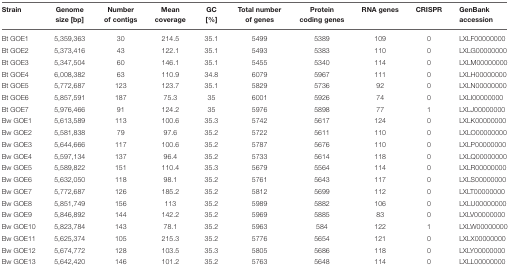
<table><thead><tr><td><b>Strain</b></td><td><b>Genome size [bp]</b></td><td><b>Number of contigs</b></td><td><b>Mean coverage</b></td><td><b>GC [%]</b></td><td><b>Total number of genes</b></td><td><b>Protein coding genes</b></td><td><b>RNA genes</b></td><td><b>CRISPR</b></td><td><b>GenBank accession</b></td></tr></thead><tbody><tr><td>Bt GOE1</td><td>5,359,363</td><td>30</td><td>214.5</td><td>35.1</td><td>5499</td><td>5389</td><td>109</td><td>0</td><td>LXLF00000000</td></tr><tr><td>Bt GOE2</td><td>5,373,416</td><td>43</td><td>122.1</td><td>35.1</td><td>5493</td><td>5383</td><td>110</td><td>0</td><td>LXLG00000000</td></tr><tr><td>Bt GOE3</td><td>5,347,504</td><td>60</td><td>146.1</td><td>35.1</td><td>5455</td><td>5340</td><td>114</td><td>0</td><td>LXLM00000000</td></tr><tr><td>Bt GOE4</td><td>6,008,382</td><td>63</td><td>110.9</td><td>34.8</td><td>6079</td><td>5967</td><td>111</td><td>0</td><td>LXLH00000000</td></tr><tr><td>Bt GOE5</td><td>5,772,687</td><td>123</td><td>123.7</td><td>35.1</td><td>5829</td><td>5736</td><td>92</td><td>0</td><td>LXLN00000000</td></tr><tr><td>Bt GOE6</td><td>5,857,591</td><td>187</td><td>75.3</td><td>35</td><td>6001</td><td>5926</td><td>74</td><td>0</td><td>LXLI00000000</td></tr><tr><td>Bt GOE7</td><td>5,976,466</td><td>91</td><td>124.2</td><td>35</td><td>5976</td><td>5898</td><td>77</td><td>1</td><td>LXLJ00000000</td></tr><tr><td>Bw GOE1</td><td>5,613,589</td><td>113</td><td>100.6</td><td>35.3</td><td>5742</td><td>5617</td><td>124</td><td>0</td><td>LXLK00000000</td></tr><tr><td>Bw GOE2</td><td>5,581,838</td><td>79</td><td>97.6</td><td>35.2</td><td>5722</td><td>5611</td><td>110</td><td>0</td><td>LXLO00000000</td></tr><tr><td>Bw GOE3</td><td>5,644,666</td><td>117</td><td>100.6</td><td>35.2</td><td>5787</td><td>5676</td><td>110</td><td>0</td><td>LXLP00000000</td></tr><tr><td>Bw GOE4</td><td>5,597,134</td><td>137</td><td>96.4</td><td>35.2</td><td>5733</td><td>5614</td><td>118</td><td>0</td><td>LXLQ00000000</td></tr><tr><td>Bw GOE5</td><td>5,589,822</td><td>151</td><td>110.4</td><td>35.3</td><td>5679</td><td>5564</td><td>114</td><td>0</td><td>LXLR00000000</td></tr><tr><td>Bw GOE6</td><td>5,632,050</td><td>118</td><td>98.1</td><td>35.2</td><td>5761</td><td>5643</td><td>117</td><td>0</td><td>LXLS00000000</td></tr><tr><td>Bw GOE7</td><td>5,772,687</td><td>126</td><td>185.2</td><td>35.2</td><td>5812</td><td>5699</td><td>112</td><td>0</td><td>LXLT00000000</td></tr><tr><td>Bw GOE8</td><td>5,851,749</td><td>156</td><td>113</td><td>35.2</td><td>5989</td><td>5882</td><td>106</td><td>0</td><td>LXLU00000000</td></tr><tr><td>Bw GOE9</td><td>5,846,892</td><td>144</td><td>142.2</td><td>35.2</td><td>5969</td><td>5885</td><td>83</td><td>0</td><td>LXLV00000000</td></tr><tr><td>Bw GOE10</td><td>5,823,784</td><td>143</td><td>78.1</td><td>35.2</td><td>5963</td><td>584</td><td>122</td><td>1</td><td>LXLW00000000</td></tr><tr><td>Bw GOE11</td><td>5,625,374</td><td>105</td><td>215.3</td><td>35.2</td><td>5776</td><td>5654</td><td>121</td><td>0</td><td>LXLX00000000</td></tr><tr><td>Bw GOE12</td><td>5,674,772</td><td>128</td><td>103.5</td><td>35.3</td><td>5805</td><td>5686</td><td>118</td><td>0</td><td>LXLY00000000</td></tr><tr><td>Bw GOE13</td><td>5,642,420</td><td>146</td><td>101.2</td><td>35.2</td><td>5763</td><td>5648</td><td>114</td><td>0</td><td>LXLL00000000</td></tr></tbody></table>